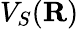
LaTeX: V_{S}({\mathbf R})